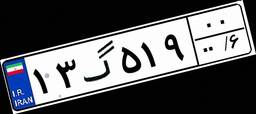
۴۴گ۳۷۹۵۶